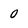
Character: 0